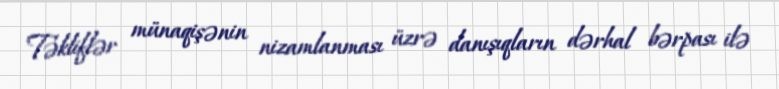
Təkliflər münaqişənin nizamlanması üzrə danışıqların dərhal bərpası ilə